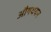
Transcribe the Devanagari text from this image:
औषधयन